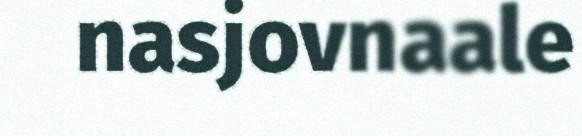
nasjovnaale